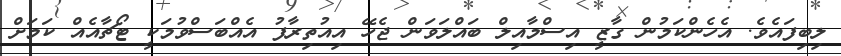
ލިބިފައެވެ. އެހެންކަމުން ގާޒީ އިސްމާއިލް ބައްލަވަން ޖެހޭ އިއުތިރާފު އެއްބަސްވުމަކީ ޓޯޗާއެއް ކަމަށް